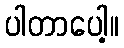
ပါတာပေါ့။